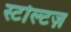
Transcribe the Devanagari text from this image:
स्टोल्टज़